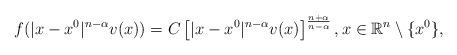
LaTeX: \begin{align*}f(|x-x^0|^{n-\alpha}v(x))=C\left[|x-x^0|^{n-\alpha}v(x)\right]^{\frac{n+\alpha}{n-\alpha}},x\in\mathbb{R}^n\setminus\{x^0\},\end{align*}